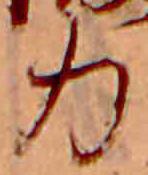
力